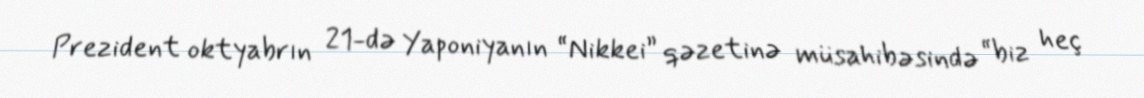
Prezident oktyabrın 21-də Yaponiyanın “Nikkei” qəzetinə müsahibəsində “biz heç